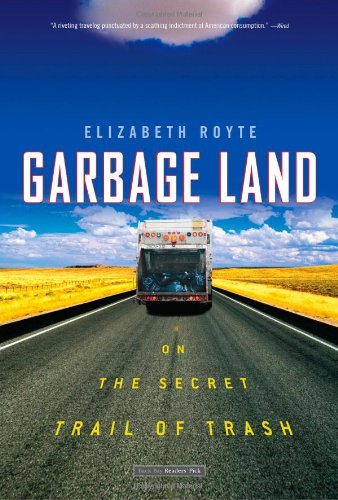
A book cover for Garbage Land: On the Secret Trail of Trash; Elizabeth Royte; Politics & Social Sciences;